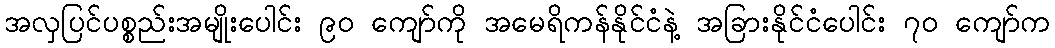
အလှပြင်ပစ္စည်းအမျိုးပေါင်း ၉၀ ကျော်ကို အမေရိကန်နိုင်ငံနဲ့ အခြားနိုင်ငံပေါင်း ၇၀ ကျော်က